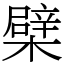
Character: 檗